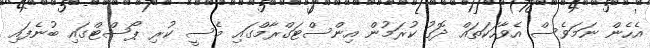
އެހެން ނަމަވެސް އެވާހަކަތައް ދޮގު ކުރަމުން އިންސްޓަގްރާމްގައި މެސީ ކުރި ޕޯސްޓްގައި ބުނެފައި